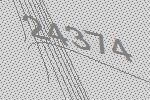
24374